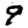
Digit: 9